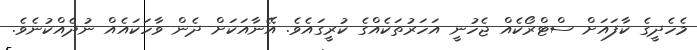
މެހެދީގެ ކާފައަށް ސްޓްރޯކެއް ޖެހުނީ އަހަރުތަކެއްގެ ކުރީގައެވެ. އޭނާއަކަށް ދެން ވާހަކައެއް ނުދެއްކުނެވެ.